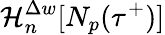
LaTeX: \mathcal{H}_{n}^{\Delta w}[N_{p}(\tau^{+})]